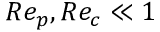
R e _ { p } , R e _ { c } \ll 1